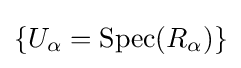
\{U_{\alpha }=\operatorname {Spec} (R_{\alpha })\}